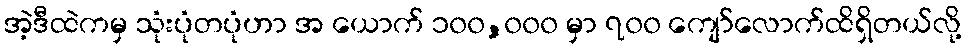
အဲ့ဒီထဲကမှ သုံးပုံတပုံဟာ အ ယောက် ၁၀၀,၀၀၀ မှာ ၇၀၀ ကျော်လောက်ထိရှိတယ်လို့